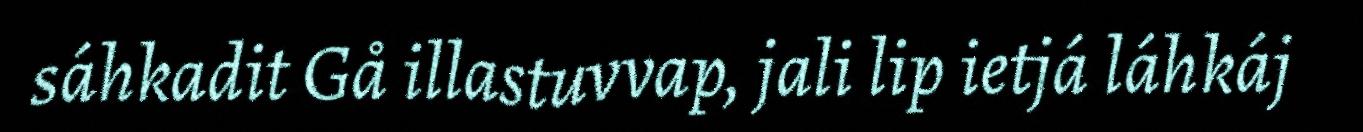
sáhkadit Gå illastuvvap, jali lip ietjá láhkáj